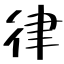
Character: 律